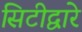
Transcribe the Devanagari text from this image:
सिटीद्वारे